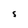
Character: e